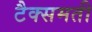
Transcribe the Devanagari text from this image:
टैक्समती